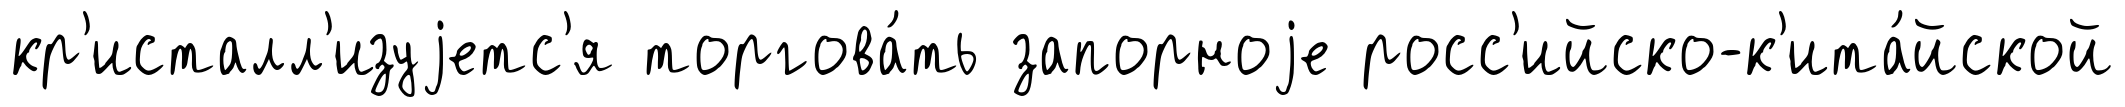
кр'исталл'изуjетс'я торгова́ть запорноjе росс'ийско-к'ита́йской